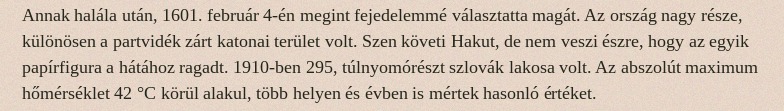
Annak halála után, 1601. február 4-én megint fejedelemmé választatta magát. Az ország nagy része, különösen a partvidék zárt katonai terület volt. Szen követi Hakut, de nem veszi észre, hogy az egyik papírfigura a hátához ragadt. 1910-ben 295, túlnyomórészt szlovák lakosa volt. Az abszolút maximum hőmérséklet 42 °C körül alakul, több helyen és évben is mértek hasonló értéket.